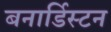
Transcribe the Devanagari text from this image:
बनार्डिस्टन